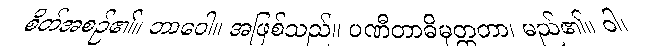
စိတ်အစဉ်၏။ ဘာဝေါ။ အဖြစ်သည်။ ပဏီတာဓိမုတ္တတာ၊ မည်၏။ ဝါ၊